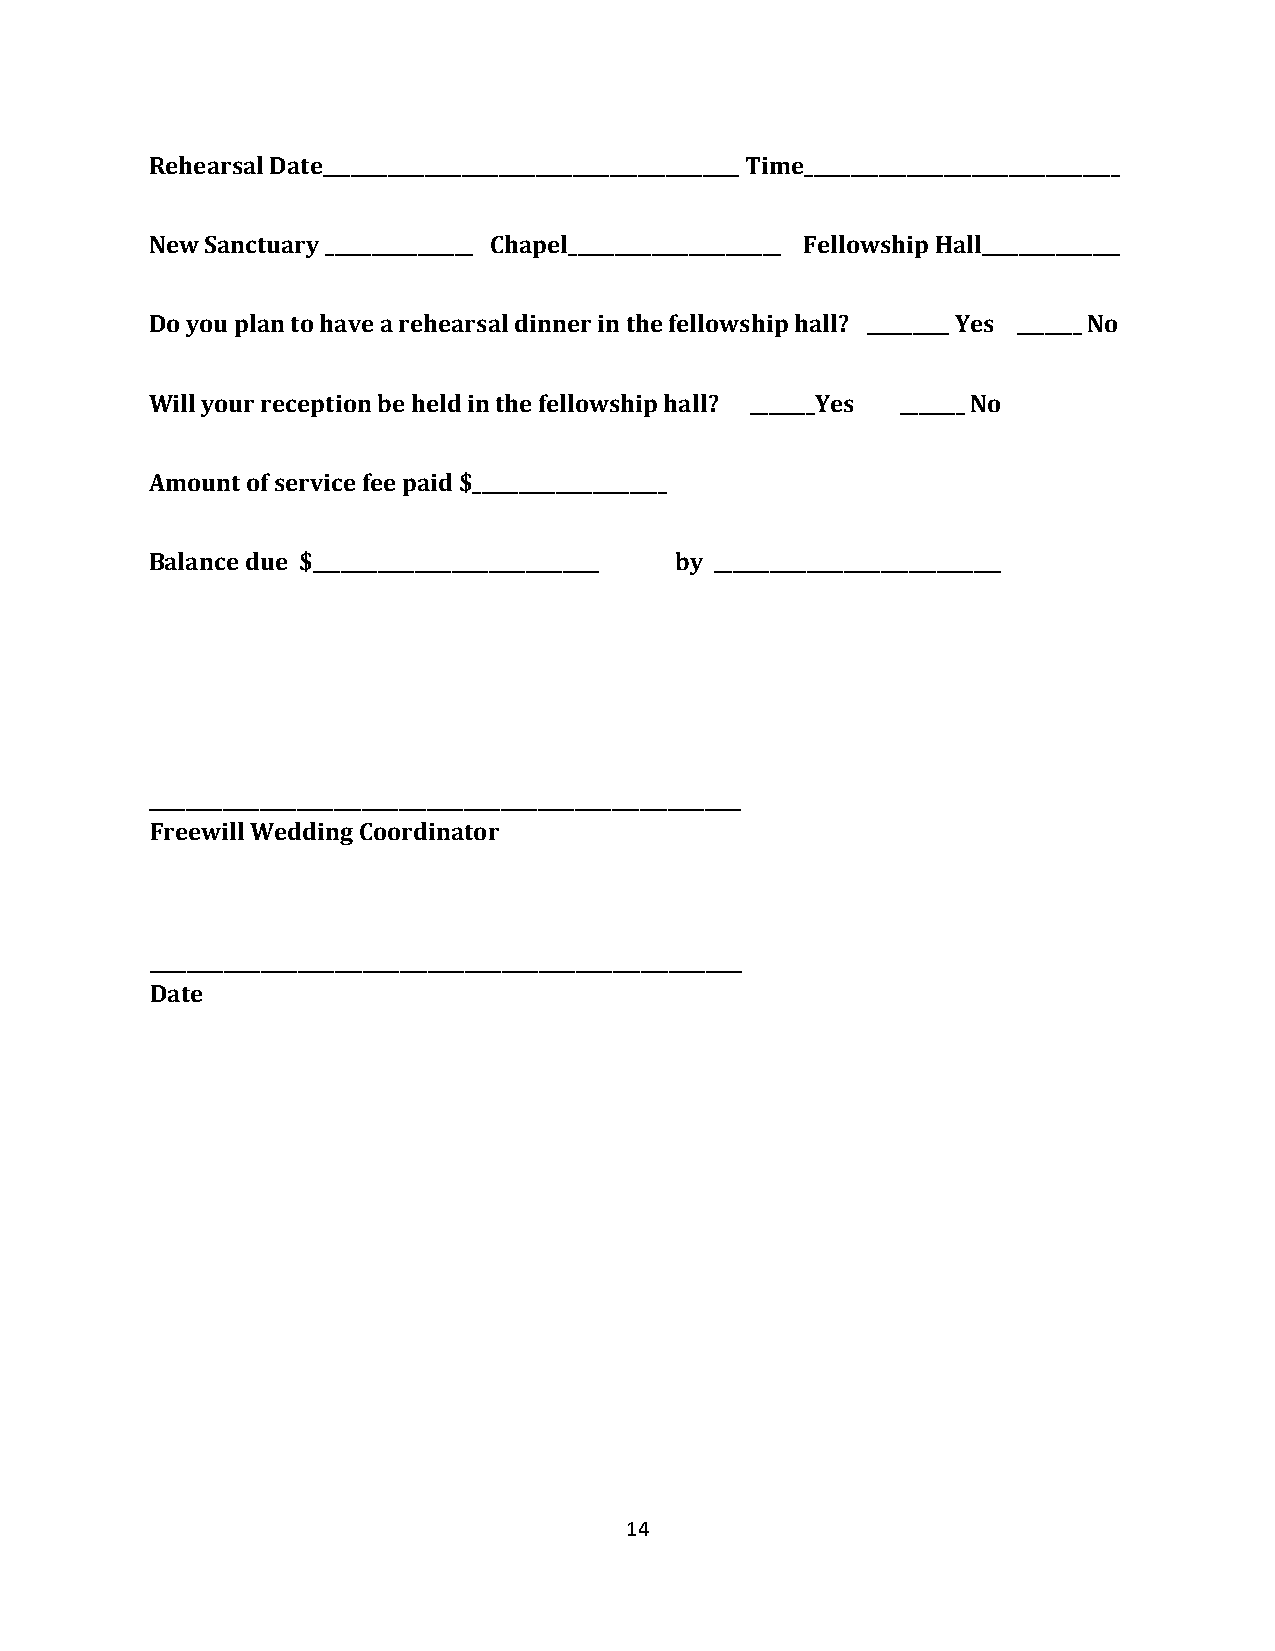
Rehearsal Date_____________________________________________ Time__________________________________
 New Sanctuary ________________ Chapel_______________________ Fellowship Hall_______________
 Do you plan to have a rehearsal dinner in the fellowship hall? _________ Yes _______ No
 Will your reception be held in the fellowship hall? _______Yes _______ No
 Amount of service fee paid $_____________________
 Balance due $_______________________________ by _______________________________
 ________________________________________________________________
 Freewill Wedding Coordinator
 ________________________________________________________________
 Date
 14